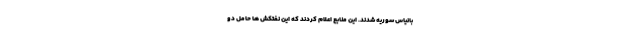
بانیاس سوریه شدند. این منابع اعلام کردند که این نفتکش ها حامل دو